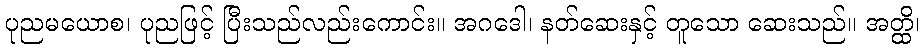
ပုညမယောစ၊ ပုညဖြင့် ပြီးသည်လည်းကောင်း။ အဂဒေါ၊ နတ်ဆေးနှင့် တူသော ဆေးသည်။ အတ္ထိ၊